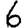
Digit: 6